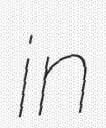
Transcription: in